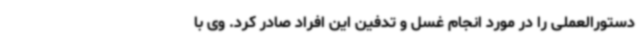
دستورالعملی را در مورد انجام غسل و تدفین این افراد صادر کرد. وی با